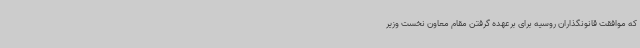
که موافقت قانونگذاران روسیه برای برعهده گرفتن مقام معاون نخست وزیر